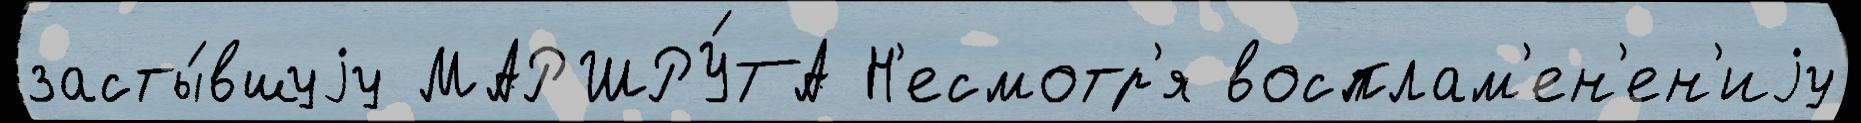
засты́вшуjу МАРШРУ́ТА Н'есмотр'я восплам'ен'ен'иjу